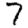
Digit: 7